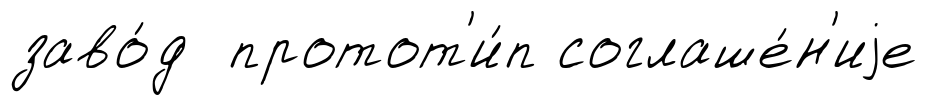
заво́д протот'и́п соглаше́н'иjе